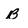
Character: B